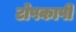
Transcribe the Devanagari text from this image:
टोपकापी